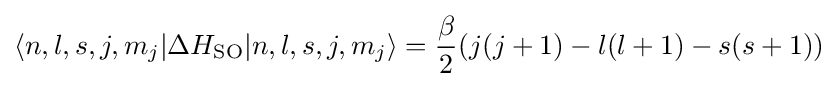
\langle n,l,s,j,m_{j}|\Delta H_{\text{SO}}|n,l,s,j,m_{j}\rangle ={\beta  \over 2}(j(j+1)-l(l+1)-s(s+1))